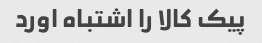
پیک کالا را اشتباه اورد